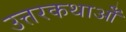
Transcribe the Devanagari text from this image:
उत्तरकथाओँ